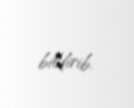
bildirib.